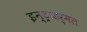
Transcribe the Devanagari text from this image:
इन्ट्राडर्मल